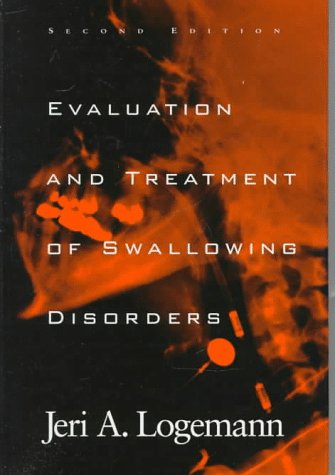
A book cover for Evaluation and Treatment of Swallowing Disorders; Jeri A. Logemann; Medical Books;